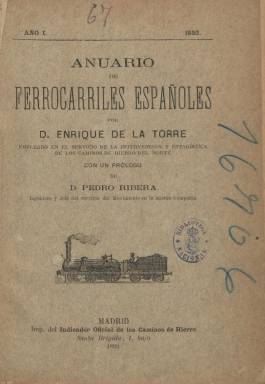
Título: Anuario de ferrocarriles españoles
Colección: Ferrocarriles
Ámbito geográfico: Madrid
Lugar de publicación: Madrid
Fechas: 01/01/1893-31/12/1927

Publicación fundada y dirigida por Enrique de la Torre, cuyo primera entrega aparece en 1893, editándose todos los años, hasta 1935, en volúmenes entre 240 y 522 páginas, al estilo de los Manual Poor americanos o guías en la que se sintetizan estadísticas y otros datos financieros o industriales de las compañías de ferrocarriles y los referidos al uso de estos, como son sus itinerarios o sus tarifas. Contiene también noticias históricas y dedica varias páginas a bibliografía sobre el sector, tanto española como extranjera. En sus entregas, Pedro Ribera, ingeniero jefe del Servicio del Movimiento de la compañía Caminos de Hierro del Norte de España, suele publicar una introducción, y en la primera señala la utilidad del anuario para el hombre de negocios, el accionista, el productor, el industrial, el comerciante o el empleado de ferrocarriles, y también para todo el que siga con atención el progreso de esta industria.

Además de apuntes históricos, alguna crónica de su director y estadísticas de material, recorridos de trenes, distancias kilométricas, estaciones de las líneas, número de viajeros, equipajes, mercancías, índices de tarifas, accidentes o velocidades o sobre la extensión de las redes ferroviarias en todo el mundo y, especialmente, en España, da cuenta de la situación financiera, capital, cotizaciones bursátiles o ingresos de las compañías explotadoras de estos servicios, de los miembros de sus consejos de Administración, de su alto personal y número de empelados. También ofrece extractos de legislación comercial y disposiciones oficiales sobre ferrocarriles y, al final de cada volumen, un mapa estampado a varios colores de todas las líneas ferroviarias de España y un índice de los contenidos de cada volumen. También inserta anuncios publicitarios, colocándolos en las primeras y últimas páginas, sobre todo relativos a la industria del ferrocarril, utilizando a veces papel de distinto color para la estampación de estos, algunos de los cuales van acompañados de algún grabado de la marca comercial.

La información estadística que ofrece procede de las propias memorias de las compañías ferroviarias, algunas de las cuales hicieron caso omiso a la petición de su editor, otras no la enviaron todos los años y de las recibidas, unas eran muy concisas y otras no.  El anuario –que es conocido por el nombre de su editor- había sido declarado de “utilidad general” por real orden de 20 de octubre de 1894, y está conceptuado como fuente básica y de primer orden –cuasi empresarial- para el conocimiento de la evolución del sector ferroviario español del periodo.

De la Torre fue empleado de Intervención y Estadística y después jefe de Tráfico de la compañía Caminos de Hierro del Norte de España. En 1905, figuraba como secretario de la Asociación General de Empleados y Obreros de los Ferrocarriles, organización a la que criticará años después por su proceder gremialista y su falta de sensibilidad social (Esmeralda Ballesteros Doncel y Tomás Martínez Vara: 2001); publicó varios libros de carácter eminentemente práctico y asimismo fue director de la Gaceta de los caminos de hierro (1856-1936). Su principal obra fue este anuario.

La colección de este título en la Biblioteca Nacional de España alcanza hasta 1927, faltando los anuarios de 1896, 1900, 1910, 1920, 1923 y 1926. También dio información sobre otros medios de transporte de la misma naturaleza y en sus últimos años pudo ampliar su título a: Anuario de ferrocarriles y tranvías españoles. Tras comenzar la guerra civil en 1936, dejó de publicarse. Alfonso López Hernández (2008) es autor de un catálogo de revistas ferroviarias españolas, y Carlos Ara, de una breve historia de las guías ferroviarias, publicado en la revista Vía libre.